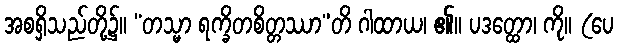
အစရှိသည်တို့၌။ “တသ္မာ ရက္ခိတစိတ္တဿာ”တိ ဂါထာယ၊ ၏။ ပဒတ္ထော၊ ကို။ (ပေ